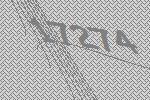
17274